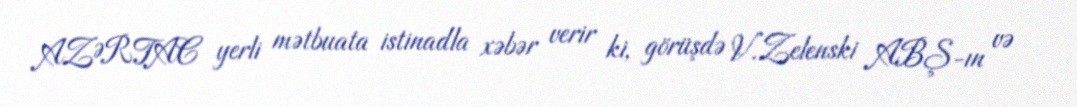
AZƏRTAC yerli mətbuata istinadla xəbər verir ki, görüşdə V.Zelenski ABŞ-ın və